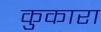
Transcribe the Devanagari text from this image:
कुकारा